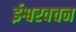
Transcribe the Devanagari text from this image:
ईश्वरवचन